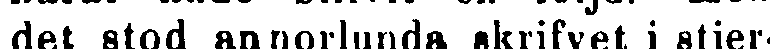
det stod annorlunda skrifvet i stjer-